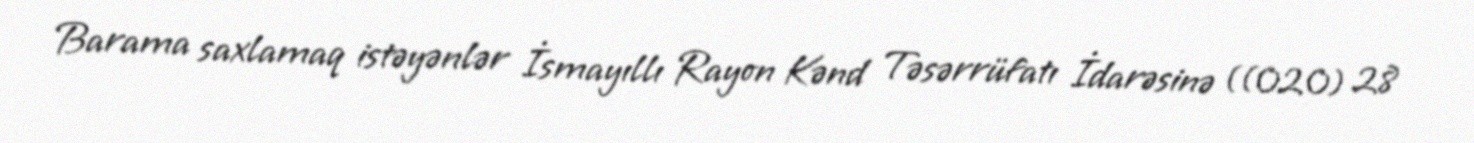
Barama saxlamaq istəyənlər İsmayıllı Rayon Kənd Təsərrüfatı İdarəsinə ((020) 28